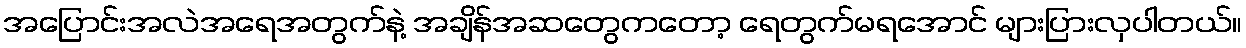
အပြောင်းအလဲအရေအတွက်နဲ့ အချိန်အဆတွေကတော့ ရေတွက်မရအောင် များပြားလှပါတယ်။